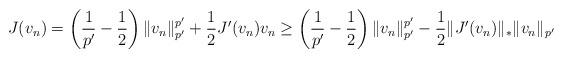
LaTeX: \begin{align*} J(v_n)=\left(\frac{1}{p'}-\frac12\right)\|v_n\|_{p'}^{p'}+\frac12J'(v_n)v_n \geq\left(\frac{1}{p'}-\frac12\right)\|v_n\|_{p'}^{p'}-\frac12\|J'(v_n)\|_\ast\|v_n\|_{p'} \end{align*}